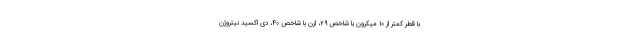
با قطر کمتر از ۱۰ میکرون با شاخص ۲۹، ازن با شاخص ۴۰، دی اکسید نیتروژن